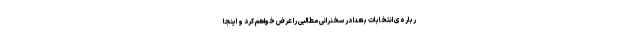
رباره‌ی انتخابات بعداً در سخنرانی مطالبی را عرض خواهم کرد و اینجا